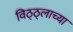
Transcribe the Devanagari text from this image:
विठ्ठ्लाच्या